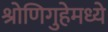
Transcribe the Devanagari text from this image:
श्रोणिगुहेमध्ये